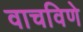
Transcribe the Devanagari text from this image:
वाचविणे